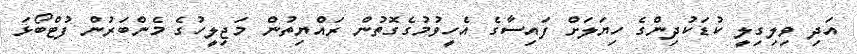
އަދި ވިލިގިލީ ކުޑަކުދިންގެ ހިޔަލަށް ފައިސާގެ އެހީވުމުގެގޮތުން ރައްޔިތުން މަޖިލީހުގެ މެންބަރުން ފުޓްބޯޅަ